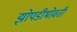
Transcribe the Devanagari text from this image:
झोपडीभोवती